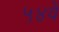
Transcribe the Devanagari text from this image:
५४वें